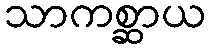
သာကစ္ဆာယ